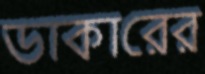
ডাকারের